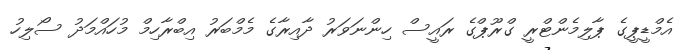
އެމްޑީޕީގެ ޕާލިމެންޓްރީ ގްރޫޕްގެ ރައީސް ހިންނަވަރު ދާއިރާގެ މެމްބަރު އިބްރާހިމް މުހައްމަދު ސޯލިހު